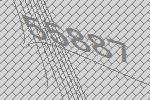
55887